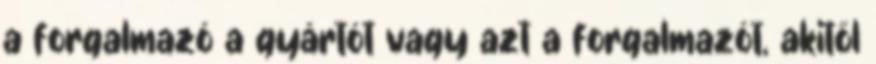
a forgalmazó a gyártót vagy azt a forgalmazót, akitől